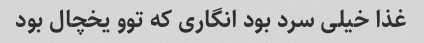
غذا خیلی سرد بود انگاری که توو یخچال بود